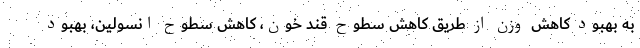
به بهبود کاهش وزن از طریق کاهش سطوح قند خون، کاهش سطوح انسولین، بهبود